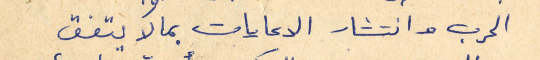
الحرب وانتشار الدعايات بما لا يتفق